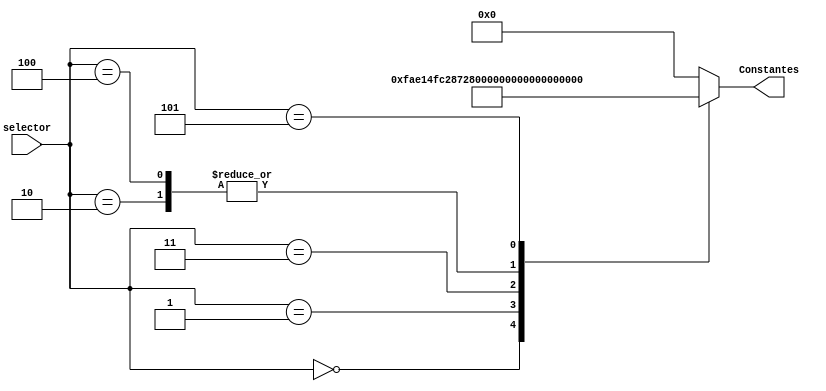
`timescale 1ns / 1ps
//////////////////////////////////////////////////////////////////////////////////
// Company: 
// Engineer: 
// 
// Design Name: 
// Module Name:    Mux_Constantes 
// Project Name: 
// Target Devices: 
// Tool versions: 
// Description: 
//
// Dependencies: 
//
// Revision: 
// Revision 0.01 - File Created
// Additional Comments: 
//
//////////////////////////////////////////////////////////////////////////////////
module Mux_Constantes(
	input wire[2:0] selector,
	output reg signed[24:0] Constantes
    );

always@*
	begin
		Constantes = 0;
			case (selector)
				3'b000:
					Constantes = 25'sb0000011111010111000010100; //1.96	a1
				3'b001:
					Constantes = 25'sb1111110000101000011100101; //-0.9605	a2
				3'b010:	
					Constantes = 25'sb0000000000000000000000011; //0.000199	b0
				3'b011:
					Constantes = 25'sb0000000000000000000000111; //0.0003979	b1
				3'b100:
					Constantes = 25'sb0000000000000000000000011; //0.000199	b2
				3'b101:
					Constantes = 25'sb0000000000100000000000000; // 1
				default:
					Constantes = 0;
				endcase
	end
endmodule